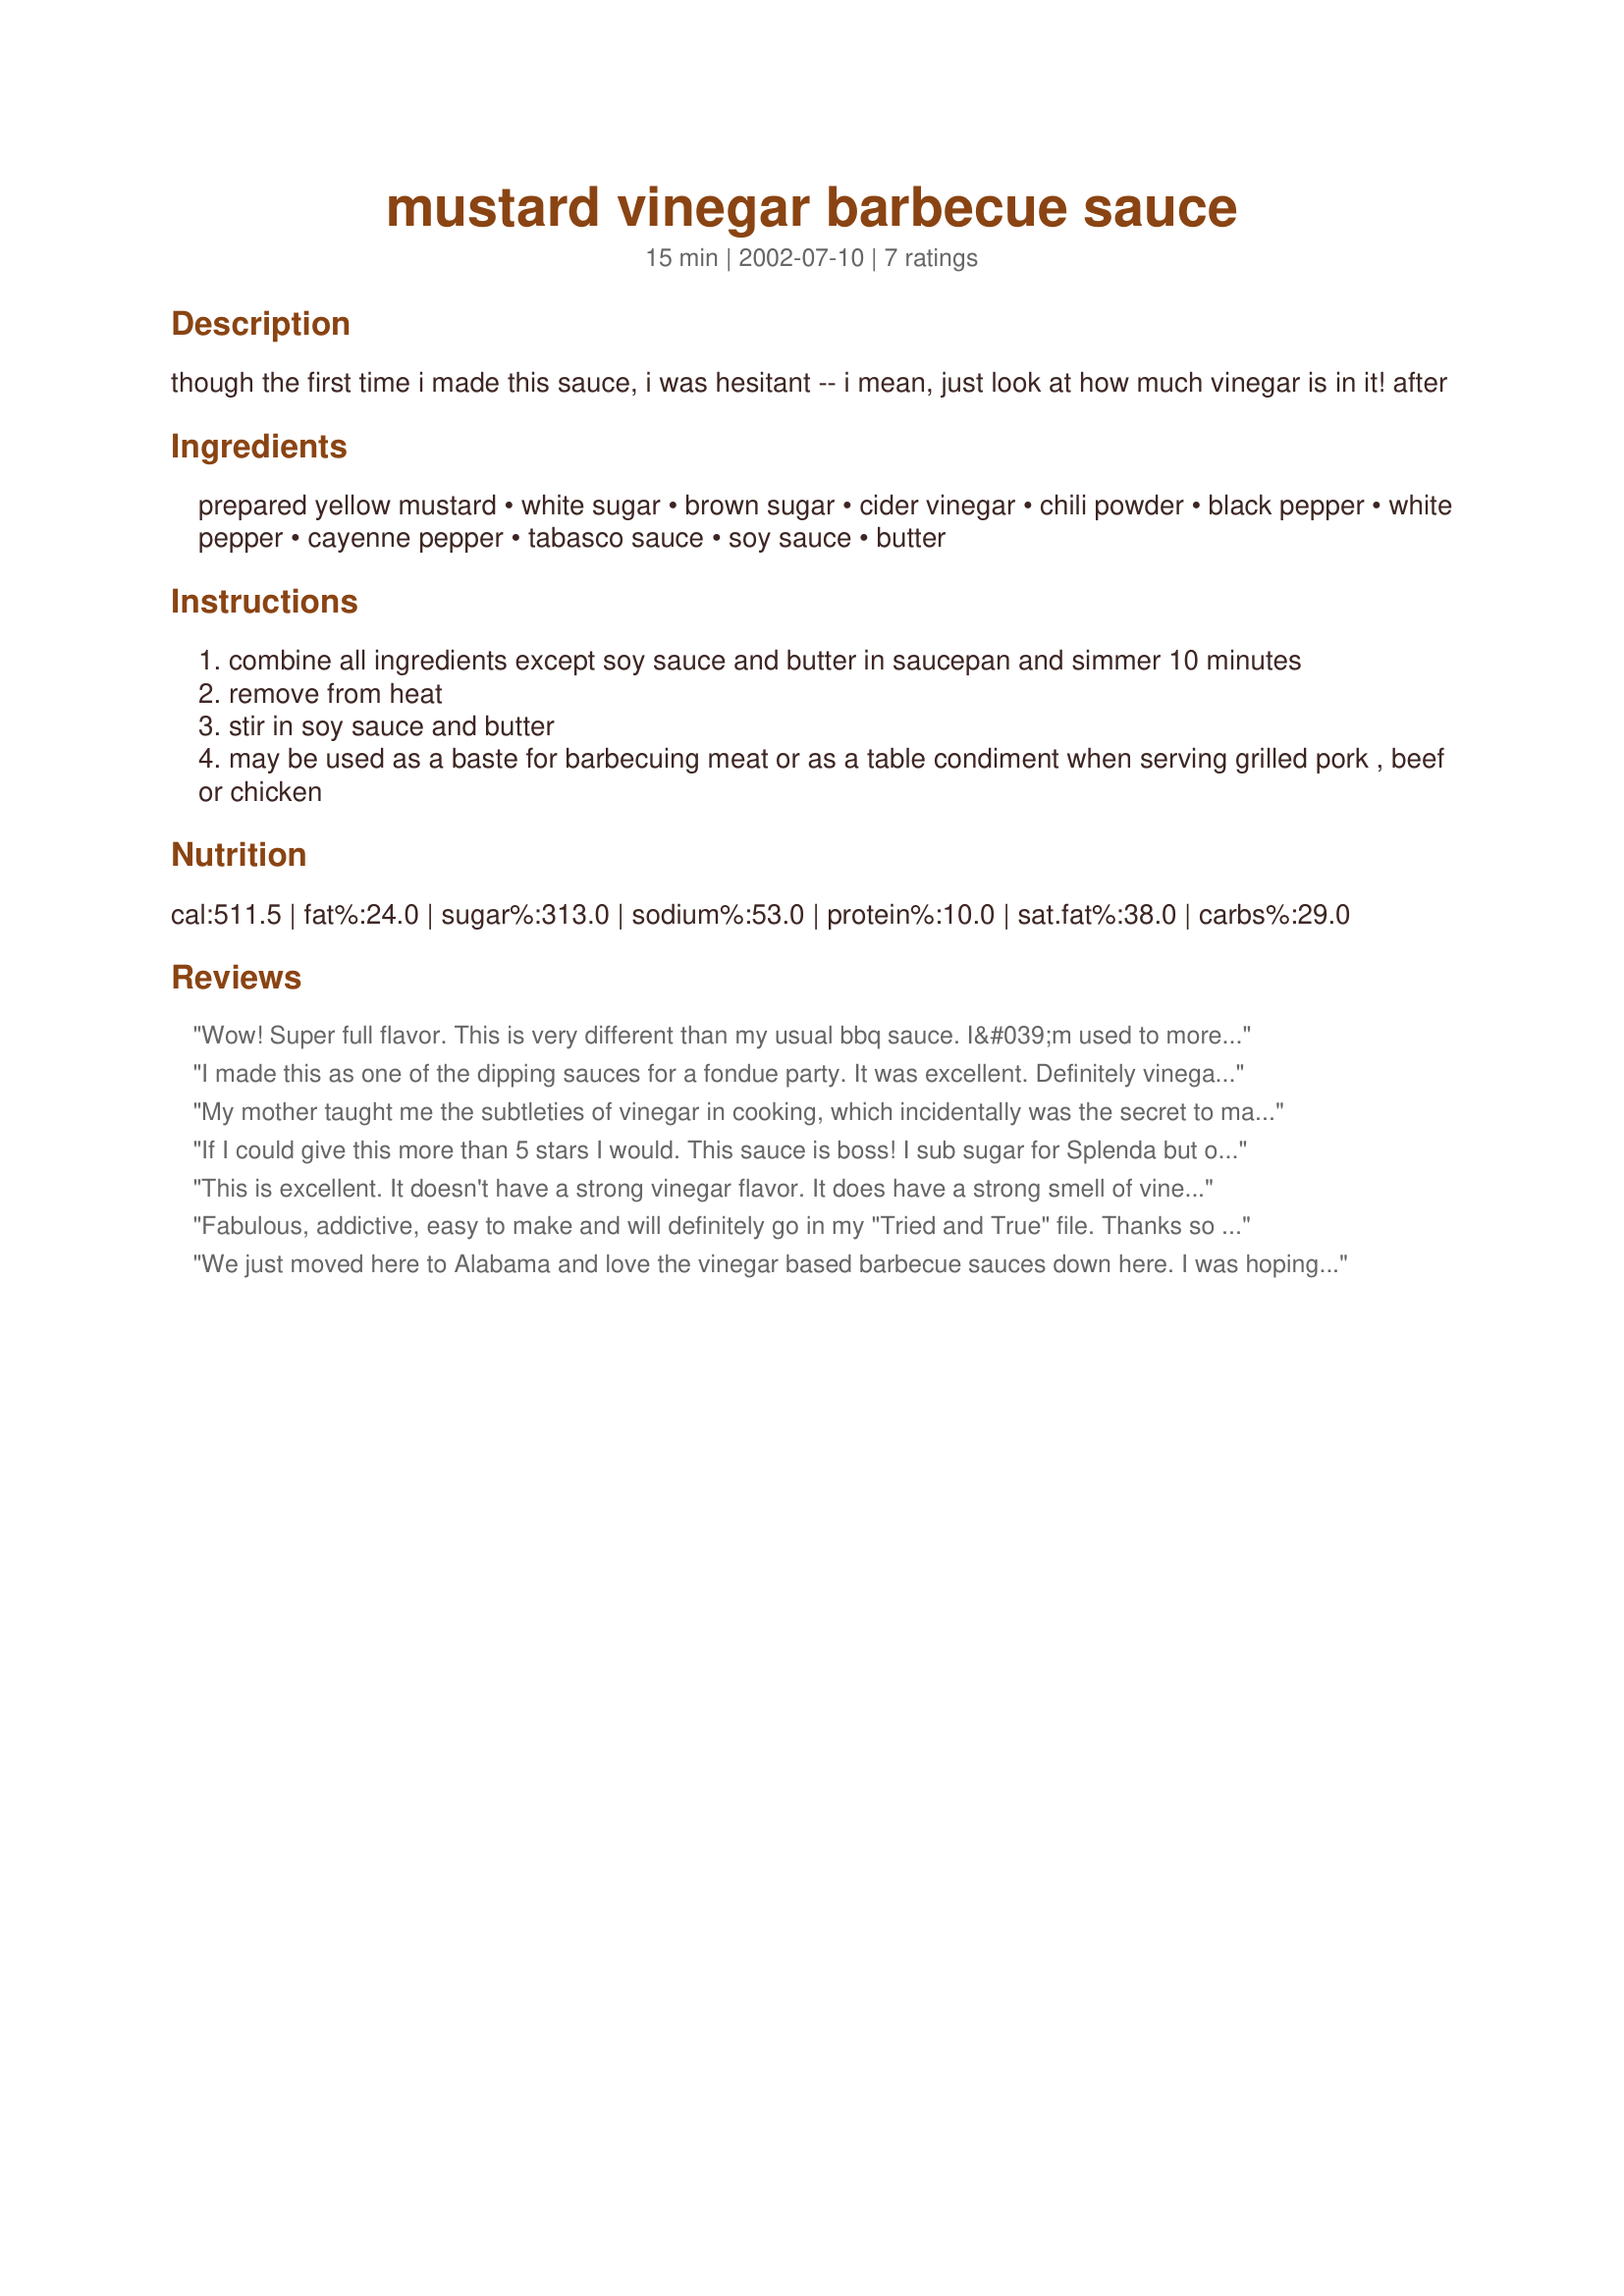
mustard vinegar barbecue sauce
Preparation time: 15 minutes

though the first time i made this sauce, i was hesitant -- i mean, just look at how much vinegar is in it! after

Ingredients:
prepared yellow mustard, white sugar, brown sugar, cider vinegar, chili powder, black pepper, white pepper, cayenne pepper, tabasco sauce, soy sauce, butter

Steps:
combine all ingredients except soy sauce and butter in saucepan and simmer 10 minutes
remove from heat
stir in soy sauce and butter
may be used as a baste for barbecuing meat or as a table condiment when serving grilled pork , beef or chicken

Reviews:
Wow! Super full flavor. This is very different than my usual bbq sauce. I&#039;m used to more of a smokey, sweet kind of thing. I&#039;m not sure what I&#039;ll be using this on, but looking forward to experimenting. Thanks for posting this easy and very lively sauce recipe.
I made this as one of the dipping sauces for a fondue party. It was excellent. Definitely vinegary NC-style BBQ, and makes more of a watery sauce typical of this style. Living in NC myself, cant wait to make some pork to pair with it! :) Thanks!!
My mother taught me the subtleties of vinegar in cooking, which incidentally was the secret to many of her soups, as well as to her signature meatloaf. When I smell vinegar cooking, I expect the results to be good and this recipe came through. Have used it with both chicken and pork. Thanks for posting!
If I could give this more than 5 stars I would. This sauce is boss! I sub sugar for Splenda but otherwise follow exactly. Hubby puts it on everything-including as salad dressing! I have to make a batch every week and I&#039;m lucky if it lasts that long! Thanks for posting!
This is excellent. It doesn't have a strong vinegar flavor. It does have a strong smell of vinegar when it is simmering but I love vinegar. I followed the recipe exactly other than adding a little salt. This goes into my handwritten recipe box!!! Thanks for sharing.
Fabulous, addictive, easy to make and will definitely go in my "Tried and True" file. Thanks so much!
We just moved here to Alabama and love the vinegar based barbecue sauces down here. I was hoping to find a good recipe here so I could make it at home and this is the one! Wow! It's delicious. The heat is just perfect for our tastes. Thank you so much for posting this recipe.
